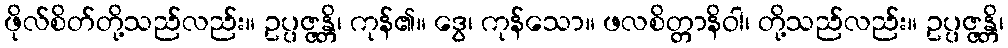
ဖိုလ်စိတ်တို့သည်လည်း။ ဥပ္ပဇ္ဇန္တိ၊ ကုန်၏။ ဒွေ၊ ကုန်သော။ ဖလစိတ္တာနိဝါ၊ တို့သည်လည်း။ ဥပ္ပဇ္ဇန္တိ၊